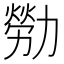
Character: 𫦸